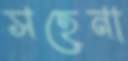
সহেনা